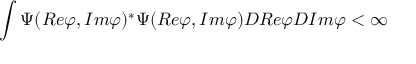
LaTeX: \int \Psi ( R e \varphi , I m \varphi ) ^ { \ast } \Psi ( R e \varphi , I m \varphi ) { \cal D } R e \varphi { \cal D } I m \varphi < \infty